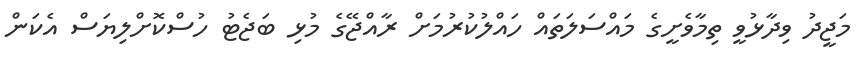
މަޖީދު ވިދާޅުވީ ތިމާވެށީގެ މައްސަލަތައް ހައްލުކުރުމަށް ރާއްޖޭގެ މުޅި ބަޖެޓު ހުސްކޮށްލިޔަސް އެކަން